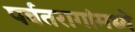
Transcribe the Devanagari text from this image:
पर्वतरागांमध्ये